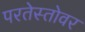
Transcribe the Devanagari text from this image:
परतेस्तोवर